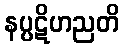
နပ္ပဋိဟညတိ